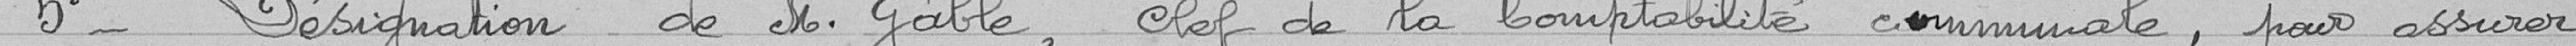
5° - Désignation de Monsieur Gable, chef de la comptabilité communale, pour assurer